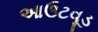
આઉટવૂડ